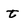
Character: t